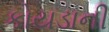
કોયડાની